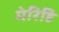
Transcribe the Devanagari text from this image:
मेरिहि